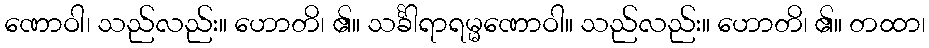
ဏောဝါ၊ သည်လည်း။ ဟောတိ၊ ၏။ သင်္ခါရာရမ္မဏောဝါ။ သည်လည်း။ ဟောတိ၊ ၏။ တထာ၊